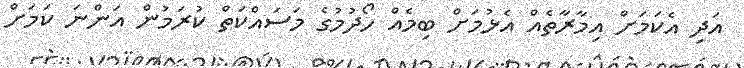
އަދި އެކަަމަށް އިމާރާތެއް އެޅުމަށް ބިމެއް ހޯދުމުގެ މަސައްކަތް ކުރަމުން އަންނަ ކަމަށް